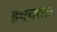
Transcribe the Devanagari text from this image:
इच्चरतः